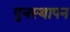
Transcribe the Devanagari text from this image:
पुनस्थापन